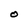
Character: O